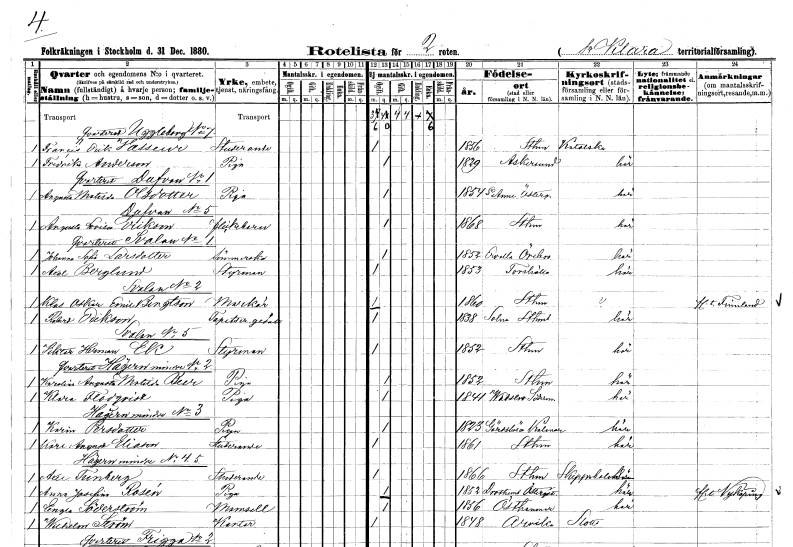
gt_parse: households: individuals: FN: Francis Erik
EN: Vasseur
YRKE: Studerande
KON: M
CIV: O
FODAR: 1856
FODFORS: Stockholm
FN: Fredrika
EN: Anderson
YRKE: Piga
KON: K
CIV: O
FODAR: 1829
FODFORS: Askersund Örebro län
FN: Augusta Matilda
EN: Olsdotter
YRKE: Piga
KON: K
CIV: O
FODAR: 1854
FODFORS: Sankt Anna Östergötlands län
FN: Augusta Lovisa
EN: Erikson
KON: K
CIV: O
FODAR: 1868
FODFORS: Stockholm
FN: Johanna Sofia
EN: Larsdotter
YRKE: Sömmerska
KON: K
CIV: O
FODAR: 1852
FODFORS: Ervalla Örebro län
FN: Axel
EN: Berglund
YRKE: Styrman
KON: M
CIV: O
FODAR: 1853
FODFORS: Torshälla Södermanlands län
FN: Klas Oskar Emil
EN: Bengtson
YRKE: Markör
KON: M
CIV: O
FODAR: 1860
FODFORS: Stockholm
FN: Robert
EN: Erikson
YRKE: Tapetseraregesäll
KON: M
CIV: O
FODAR: 1838
FODFORS: Solna Stockholms län
FN: Viktor Herman
EN: Ek
YRKE: Styrman
KON: M
CIV: O
FODAR: 1852
FODFORS: Stockholm
FN: Karolina Augusta Matilda
EN: Beer
YRKE: Piga
KON: K
CIV: O
FODAR: 1852
FODFORS: Stockholm
FN: Klara
EN: Flodqvist
YRKE: Piga
KON: K
CIV: O
FODAR: 1841
FODFORS: Vadsbro Södermanlands län
FN: Karin
EN: Persdotter
YRKE: Piga
KON: K
CIV: O
FODAR: 1823
FODFORS: Gärdslösa Kalmar län
FN: Karl August
EN: Eliason
YRKE: Studerande
KON: M
CIV: O
FODAR: 1861
FODFORS: Stockholm
FN: Axel
EN: Tunberg
YRKE: Studerande
KON: M
CIV: O
FODAR: 1866
FODFORS: Stockholm
FN: Anna Josefina
EN: Rosén
YRKE: Piga
KON: K
CIV: O
FODAR: 1852
FODFORS: Drothem Östergötlands län
FN: Engla
EN: Söderström
KON: K
CIV: O
FODAR: 1856
FODFORS: Östhammar Uppsala län
FN: Wilhelm
EN: Ström
YRKE: Kantor
KON: M
CIV: O
FODAR: 1848
FODFORS: Arvika Värmlands län